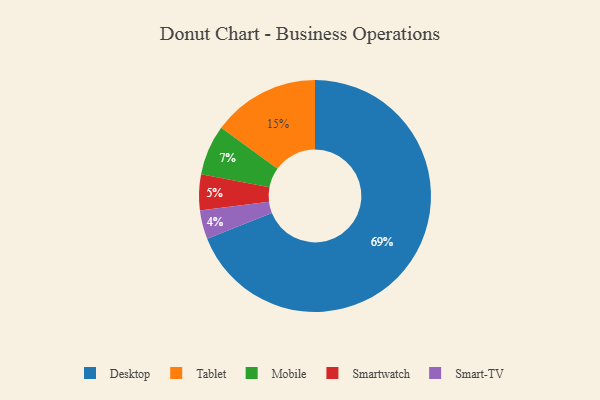
{"axis": {"x": "Category", "y": "Percentage"}, "legend": ["Desktop", "Mobile", "Smart-TV", "Smartwatch", "Tablet"], "data": [{"x": "Smartwatch", "y": 5, "type": "Smartwatch"}, {"x": "Mobile", "y": 7, "type": "Mobile"}, {"x": "Smart-TV", "y": 4, "type": "Smart-TV"}, {"x": "Desktop", "y": 69, "type": "Desktop"}, {"x": "Tablet", "y": 15, "type": "Tablet"}]}